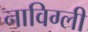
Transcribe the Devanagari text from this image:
नाविग्ली